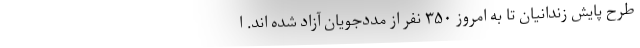
طرح پایش زندانیان تا به امروز ۳۵۰ نفر از مددجویان آزاد شده اند. ا